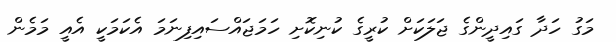
މަގު ހަދާ ގައިދީންގެ ޖަލަކަށް ކުރީގެ ކުނިކޮށި ހަމަޖައްސައިފިނަމަ އެކަމަކީ އެއީ މަމެން